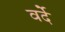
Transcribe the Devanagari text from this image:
वर्देे